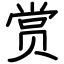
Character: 赏